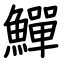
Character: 鱓